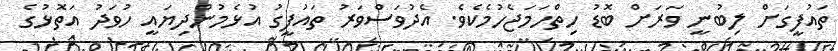
ތައުފީގަށް ލިބުނީ ވަރަށް ބޮޑު ހިތްހަމަޖެހުމެކެވެ. އެދުވަސްވަރު ތައުފީގު އުޅެމުންދިޔައީ ހުވަދު އަތޮޅުގެ